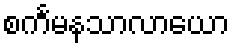
စင်္ကမနသာလာယော